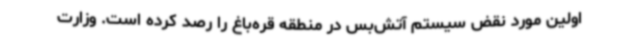
اولین مورد نقض سیستم آتش‌بس در منطقه قره‌باغ را رصد کرده است. وزارت